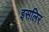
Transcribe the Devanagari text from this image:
इसलिर